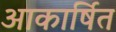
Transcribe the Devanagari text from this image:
आकार्षित